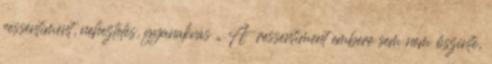
ressentiment, neheztelés, gyanakvás „ A ressentiment embere sem nem őszinte,